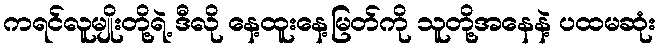
ကရင်လူမျိုးတို့ရဲ့ ဒီလို နေ့ထူးနေ့မြတ်ကို သူတို့အနေနဲ့ ပထမဆုံး